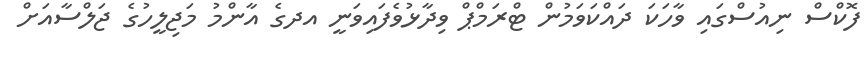
ފޮކްސް ނިއުސްގައި ވާހަކަ ދައްކަވަމުން ޓްރަމްޕް ވިދާޅުވެފައިވަނީ އދގެ އާންމު މަޖިލީހުގެ ޖަލްސާއަށް